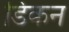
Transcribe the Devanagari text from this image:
डिकन